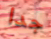
جدا